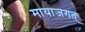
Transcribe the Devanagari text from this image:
मायाजगत्